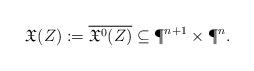
LaTeX: \begin{align*}\mathfrak X(Z) := \overline{\mathfrak X^0(Z)} \subseteq \P^{n+1}\times \P^n.\end{align*}